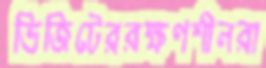
ভিজিটেররক্ষণশীলরা